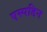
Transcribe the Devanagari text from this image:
एस्पडिन